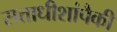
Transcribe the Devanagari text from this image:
सत्ताधीशांपैकी